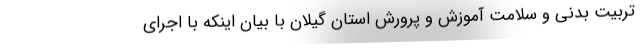
تربیت بدنی و سلامت آموزش و پرورش استان گیلان با بیان اینکه با اجرای